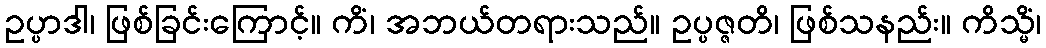
ဥပ္ပာဒါ၊ ဖြစ်ခြင်းကြောင့်။ ကိံ၊ အဘယ်တရားသည်။ ဥပ္ပဇ္ဇတိ၊ ဖြစ်သနည်း။ ကိသ္မိံ၊